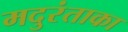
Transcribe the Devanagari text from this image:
मदुरंताका